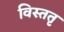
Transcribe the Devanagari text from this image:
विस्ततृ